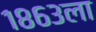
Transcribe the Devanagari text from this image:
१८६३ला